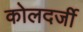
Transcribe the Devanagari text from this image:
कोलदर्जी